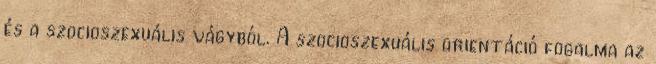
és a szocioszexuális vágyból. A szocioszexuális orientáció fogalma az